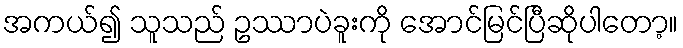
အကယ်၍ သူသည် ဥဿာပဲခူးကို အောင်မြင်ပြီဆိုပါတော့။